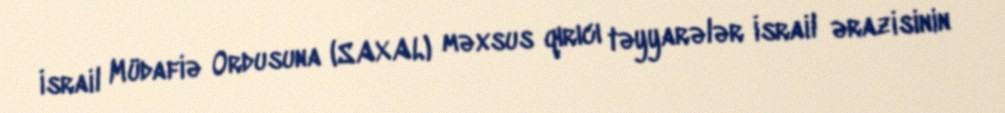
İsrail Müdafiə Ordusuna (SAXAL) məxsus qırıcı təyyarələr İsrail ərazisinin